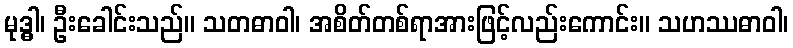
မုဒ္ဓါ၊ ဦးခေါင်းသည်။ သတဓာဝါ၊ အစိတ်တစ်ရာအားဖြင့်လည်းကောင်း။ သဟဿဓာဝါ၊